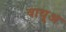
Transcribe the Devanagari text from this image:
वायुअ